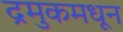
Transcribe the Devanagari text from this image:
द्रमुकमधून